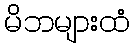
မိဘများထံ